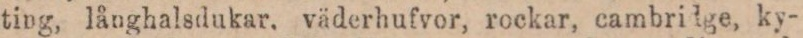
ting, långhalsdukar, väderhufvor, rockar, cambridge, ky-